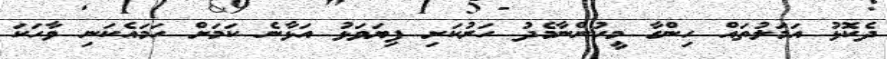
ދެކޮޅު އަމަލުތައް ހިންގާ މީހުންނާމެދު ހަރުކަށި ފިޔަވަޅު އަޅާނެ ކަމަށް ހަމައެކަނި ވާހަކަ